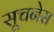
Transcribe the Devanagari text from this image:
सूचनेस